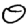
Digit: 0